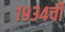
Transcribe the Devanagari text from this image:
१९३४ची